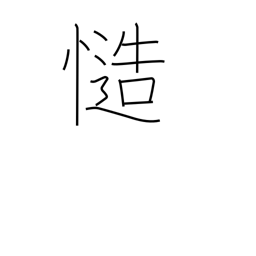
Meaning: certainly